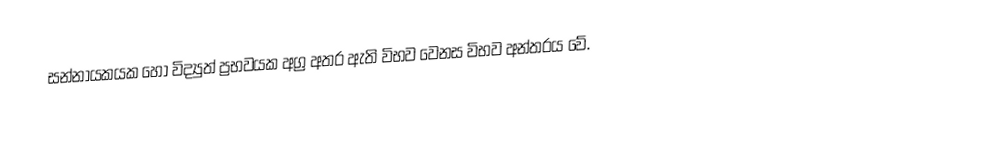
සන්නායකයක හෝ විද්‍යුත් ප්‍රභවයක අග්‍ර අතර ඇති විභව වෙනස විභව අන්තරය වේ.